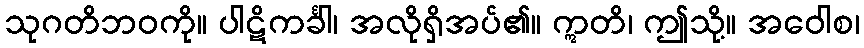
သုဂတိဘဝကို။ ပါဋိကင်္ခါ၊ အလိုရှိအပ်၏။ ဣတိ၊ ဤသို့။ အဝေါစ၊